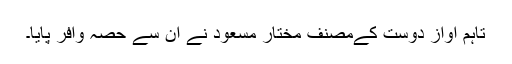
تاہم آواز دوست کےمصنف مختار مسعود نے ان سے حصہ وافر پایا۔